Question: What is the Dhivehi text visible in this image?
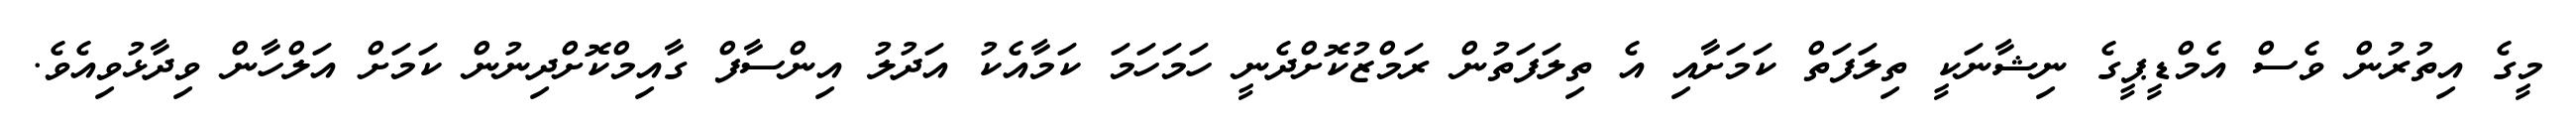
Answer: މީގެ އިތުރުން ވެސް އެމްޑީޕީގެ ނިޝާނަކީ ތިލަފަތް ކަމަށާއި އެ ތިލަފަތުން ރަމްޒުކޮށްދެނީ ހަމަހަމަ ކަމާއެކު އަދުލު އިންސާފް ގާއިމްކޮށްދިނުން ކަމަށް އަލްހާން ވިދާޅުވިއެވެ.